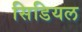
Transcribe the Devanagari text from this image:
सिडियल